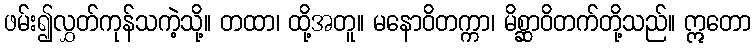
ဖမ်း၍လွှတ်ကုန်သကဲ့သို့။ တထာ၊ ထို့အတူ။ မနောဝိတက္ကာ၊ မိစ္ဆာဝိတက်တို့သည်။ ဣတော